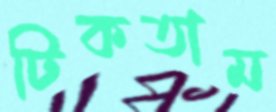
টিকতাম